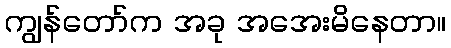
ကျွန်တော်က အခု အအေးမိနေတာ။